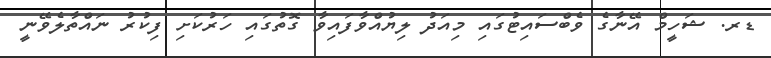
ޑރ. ޝަހީމް އޭނާގެ ވެބްސައިޓުގައި މިއަދު ލިޔުއްވާފައިވާ ގޮތުގައި ހަރުކަށި ފިކުރު ނައްތާލެވޭނީ